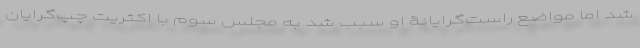
شد اما مواضع راست‌گرایانۀ او سبب شد به مجلس سوم با اکثریت چپ‌گرایان